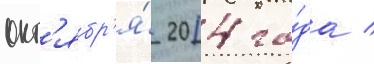
окт'ябр'я́ 2014 го́да /